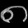
Digit: ၈